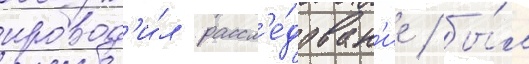
провод'и́л рассл'е́дован'ие / бы́л